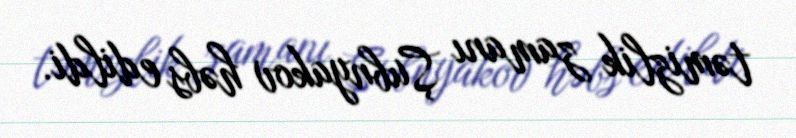
təmizlik zamanı Şubnyakov həbs edildi.